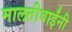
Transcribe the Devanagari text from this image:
मालतीबाईंनी